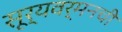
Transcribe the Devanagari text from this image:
सूर्यवर्मनची